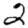
Digit: 2